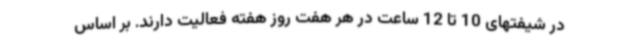
در شیفتهای 10 تا 12 ساعت در هر هفت روز هفته فعالیت دارند. بر اساس